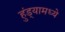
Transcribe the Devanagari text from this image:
हुंड्यामध्ये